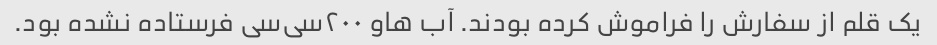
یک قلم از سفارش‌ را فراموش کرده بودند. آب هاو ۲۰۰سی‌سی فرستاده نشده بود.